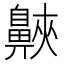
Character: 𪖨